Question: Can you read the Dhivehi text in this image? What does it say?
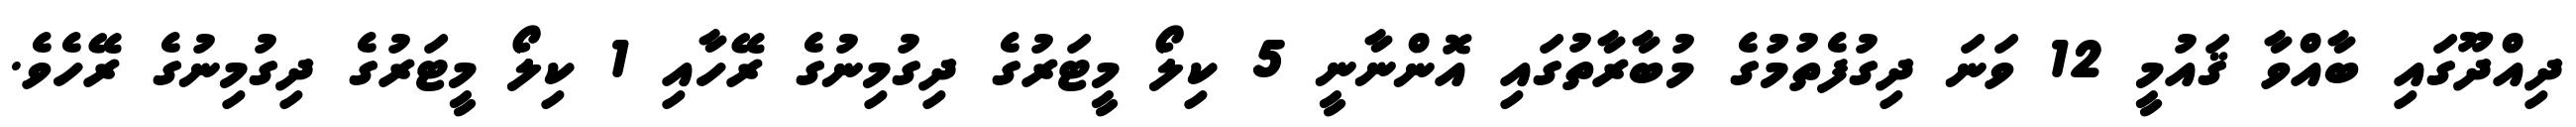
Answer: ދިއްދޫގައި ބާއްވާ ޤައުމީ 12 ވަނަ ދިގުފެތުމުގެ މުބާރާތުގައި އޮންނާނީ 5 ކިލޯ މީޓަރުގެ ދިގުމިނުގެ ރޭހާއި 1 ކިލޯ މީޓަރުގެ ދިގުމިނުގެ ރޭހެވެ.